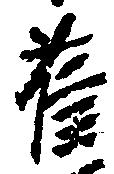
＊